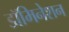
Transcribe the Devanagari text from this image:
डॉमिनेशन